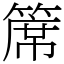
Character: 𥱊